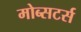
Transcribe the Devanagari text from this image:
मोब्सटर्स